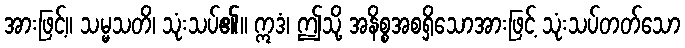
အားဖြင့်။ သမ္မသတိ၊ သုံးသပ်၏။ ဣဒံ၊ ဤသို့ အနိစ္စအစရှိသောအားဖြင့် သုံးသပ်တတ်သော